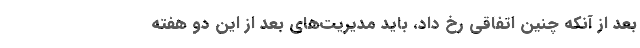
بعد از آنکه چنین اتفاقی رخ داد، باید مدیریت‌های بعد از این دو هفته